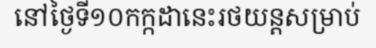
នៅថ្ងៃទី១០កក្កដានេះរថយន្តសម្រាប់